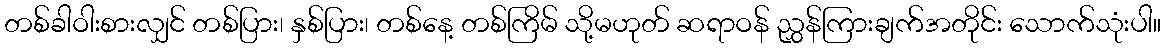
တစ်ခါဝါးစားလျှင် တစ်ပြား၊ နှစ်ပြား၊ တစ်နေ့ တစ်ကြိမ် သို့မဟုတ် ဆရာဝန် ညွှန်ကြားချက်အတိုင်း သောက်သုံးပါ။